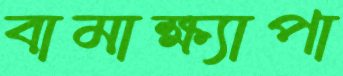
বামাক্ষ্যাপা